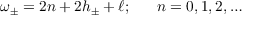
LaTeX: \omega _ { \pm } = 2 n + 2 h _ { \pm } + \ell ; ~ ~ ~ ~ ~ n = 0 , 1 , 2 , \ldots